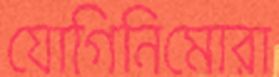
যোগিনিমোরা